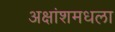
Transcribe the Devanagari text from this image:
अक्षांशमधला